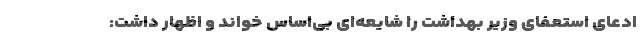
ادعای استعفای وزیر بهداشت را شایعه‌ای بی‌اساس خواند و اظهار داشت: